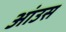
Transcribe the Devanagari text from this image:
आंउस